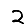
Digit: 2